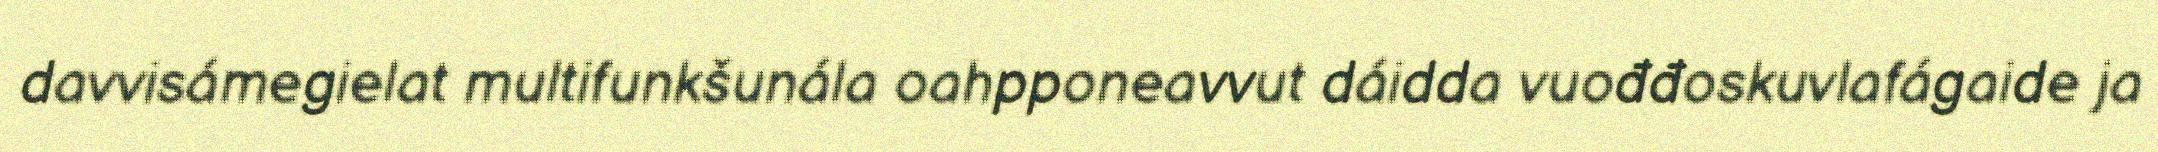
davvisámegielat multifunkšunála oahpponeavvut dáidda vuođđoskuvlafágaide ja